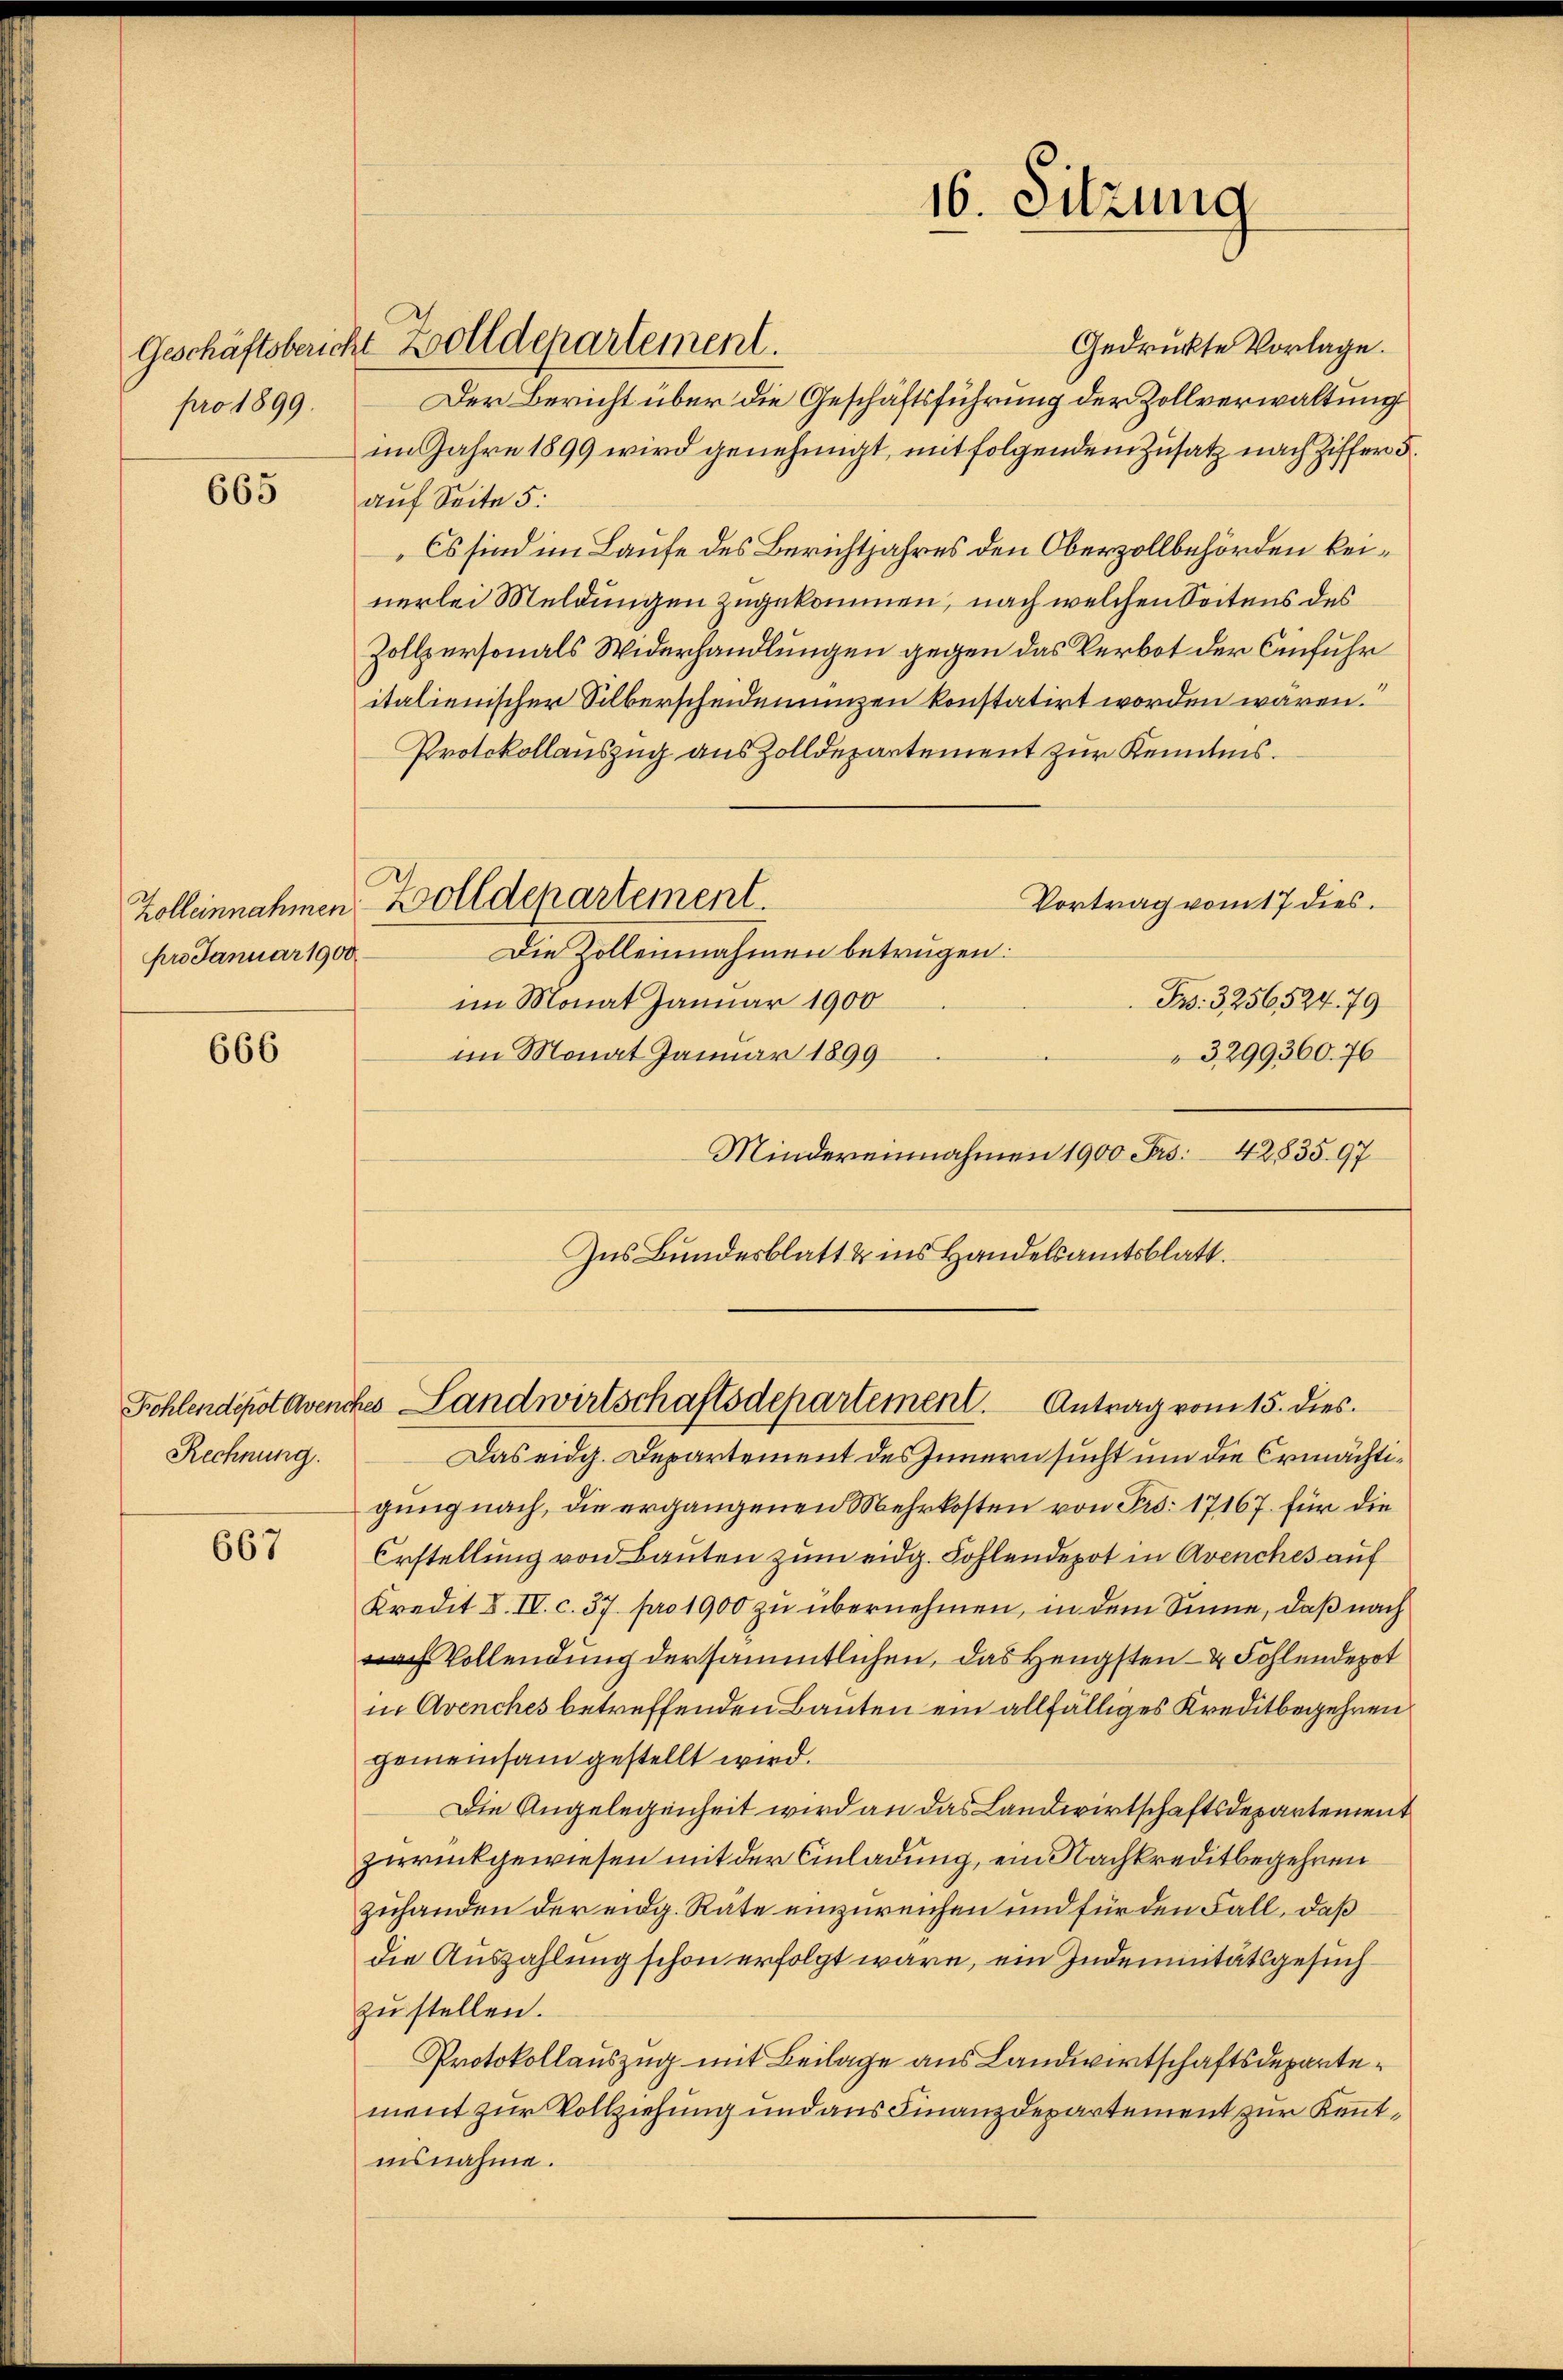
Geschäftsberich
pro 1899.

665

pro Januar 1900

666

Rechnung.

667

Zolldepartement.

16. Sitzung

Gedruckte Vorlage.
Der Bericht über die Geschäftsführung der Zollverwaltung
im Jahre 1899 wird genehmigt, mit folgendem Zusatz nach Ziffer d.
auf Seite 5:
Es sind im Laufe des Berichtjahres den Oberzollbehörden keinerlei Meldungen zugekommen, nach welchen Seitens des
Zollpersonals Widerhandlungen gegen das Verbot der Einfuhr
italienischer Silberscheidenzen konstatirt worden wären.
Protokollauszug aus Zolldepartement zur Kenntnis.
Vortrag vom 17 dies
Zolleinnahmen Zolldepartement.
Die Zollennahmen betrügen:
im Monat Januar 1900
Fr. 3256524. 79
im Monat Januar 1899
3,299360. 76
Mindereinnahmen 1900 Fr. 42835. 97
Ins Bundesblatt & ins Handelsamtsblatt.

Sohlendepot avenches Landwirtschaftsdepartement. Antrag vom 15. dies

Das eidg. Departement des Innern sucht um die Ermächtigung nach, die ergangenen Mehrkosten von Frs. 17167. für die
Erstellung von Bauten zum eidg. Kohlendepot in Avenches auf
Kredit 8. IV. c. 37. pro 1900 zu übernehmen, in dem Sinne, daß nach
rch Vollendung der sämmtlichen, das Hengsten- & Fohlendepot
in Avenches betreffenden Bauten ein allfälliges Kreditbegehren
gemeinsam gestellt wird.
Die Angelegenheit wird an das Landwirtschaftsdepartement
zurückgewiesen mit der Einladung, ein Nachkreditbegehren
zuhanden der eidg. Räte einzureichen und für den Fall, daß
die Auszahlung schon erfolgt wäre, ein Indemnitätsgesuchzŭ stellen.
Protokollauszug mit Beilage aus Landwirtschaftsdepartement zur Vollziehung und aus Finanzdepartement zur Kenntnisnahme.